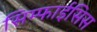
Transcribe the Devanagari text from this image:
सिम्फाईसिस